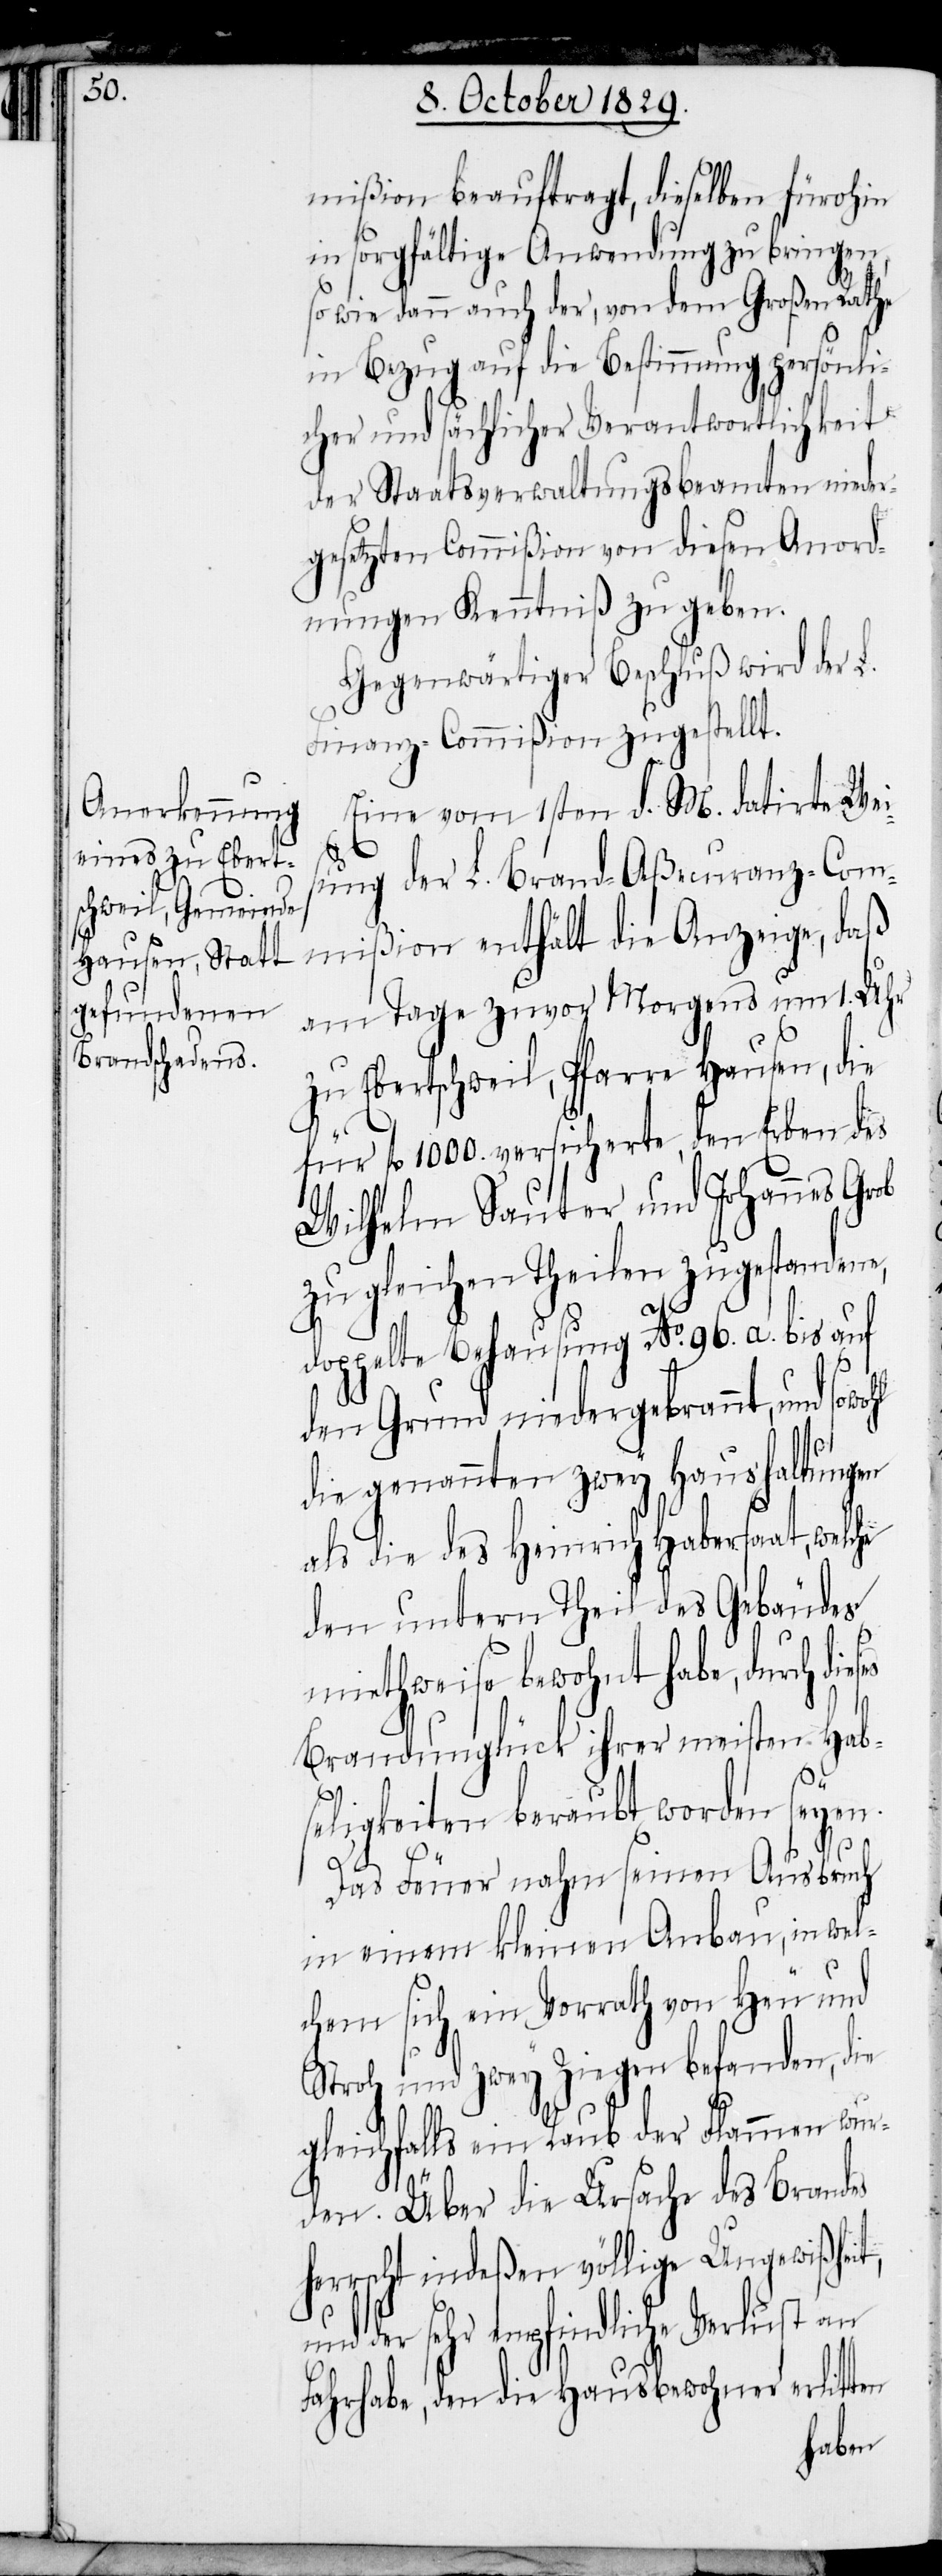
mißion beauftragt, dieselben fürohin
in sorgfältige Anwendung zu bringen,
so wie dann auch der, von dem Großen Rathe
in Bezug auf die Bestimmung persönli¬
cher und sächlicher Verantwortlichkeit
der Staatsverwaltungsbeamten nieder¬
gesetzten Commißion von diesen Anord¬
nungen Kenntniß zu geben.
Gegenwärtiger Beschluß wird der L.
Finanz-Commißion zugestellt.
Eine vom 1sten d. M. datirte Wei¬
sung der L. Brand-Aßecuranz-Com¬
mißion enthält die Anzeige, daß
am Tage zuvor Morgens um 1. Uhr
zu Ebertschweil, Pfarre Hausen, die
für fl. 1000. versicherte, den Erben des
Wilhelm Sauter und Johannes Grob
zu gleichen Theilen zugestandene,
doppelte Behausung No. 96. a. bis auf
den Grund niedergebrannt, und sowo¬
die genannten zwey Haushaltungen
als die des Heinrich Habersaat, welche
den untern Theil des Gebäudes
miethweise bewohnt habe, durch di¬
Brandunglück ihrer meisten Hab¬
he¬
seligkeiten beraubt worden seyen.
Das Feuer nahm seinen Ausbruch
in einem kleinen Anbau, in wel¬
chem sich ein Vorrath von Heu und
Stroh und zwey Ziegen befanden, die
gleichfalls ein Raub der Flammen wur¬
den. Über die Ursache des Brandes
rrscht indeßen völlige Ungewißheit,
und der sehr empfindliche Verlust an
Fahrhabe, den die Hausbewohner erlitten